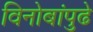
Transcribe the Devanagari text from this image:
विनोबांपुढे